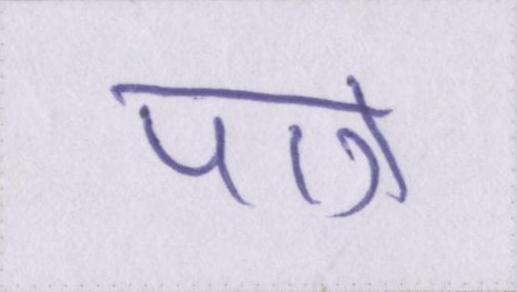
पात्र